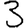
Digit: 3